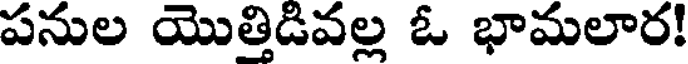
పనుల యొత్తిడివల్ల ఓ భామలార!